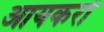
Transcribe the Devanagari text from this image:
आयकरों